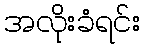
အလိုးခံရင်း